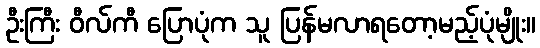
ဦးကြီး ဝီလ်ကီ ပြောပုံက သူ ပြန်မလာရတော့မည့်ပုံမျိုး။